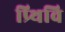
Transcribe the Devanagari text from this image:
प्र्थिवि